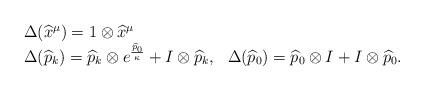
LaTeX: \begin{align*}\begin{array}{ll}\Delta(\widehat{x}^\mu) = 1\otimes\widehat{x}^\mu &\\\Delta(\widehat{p}_k) = \widehat{p}_k\otimes e^{\-\frac{\widehat{p}_0}\kappa}+ I\otimes\widehat{p}_k,&\Delta(\widehat{p}_0) = \widehat{p}_0\otimes I + I\otimes\widehat{p}_0.\end{array}\end{align*}